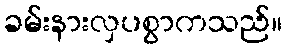
ခမ်းနားလှပစွာကသည်။